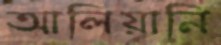
আলিয়ানি